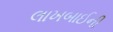
લાખબાઈની